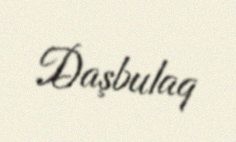
Daşbulaq